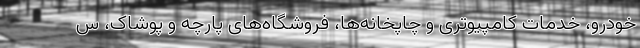
خودرو، خدمات کامپیوتری و چاپخانه‌ها، فروشگاه‌های پارچه و پوشاک، س